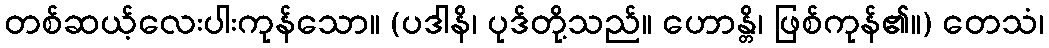
တစ်ဆယ့်လေးပါးကုန်သော။ (ပဒါနိ၊ ပုဒ်တို့သည်။ ဟောန္တိ၊ ဖြစ်ကုန်၏။) တေသံ၊